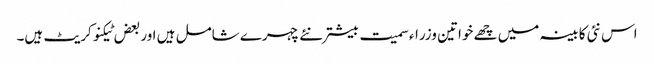
اس نئی کابینہ میں چھے خواتین وزراء سمیت بیشتر نئے چہرے شامل ہیں اور بعض ٹیکنوکریٹ ہیں۔